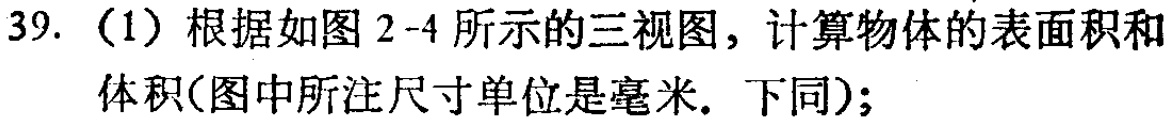
39.（1）根据如图2 - 4所示的三视图，计算物体的表面积和体积(图中所注尺寸单位是毫米．下同)；